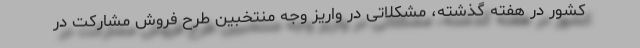
کشور در هفته گذشته، مشکلاتی در واریز وجه منتخبین طرح فروش مشارکت در